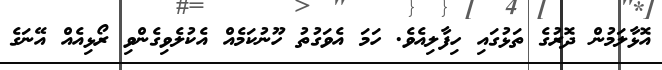
އޮޅާލަމުން ދޮރުގެ ތަޅުގައި ހިފާލިއެވެ. ހަމަ އެވަގުތު ހޫނުކަމެއް އެކުލެވިގެންވި ރޯޅިއެއް އޭނަގެ